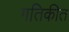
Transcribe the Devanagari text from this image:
गतिकीत